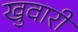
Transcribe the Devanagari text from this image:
खुवारी